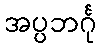
အပ္ပဘင်္ဂု